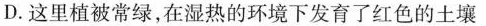
D.这里植被常绿，在湿热的环境下发育了红色的土壤